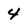
Character: 4